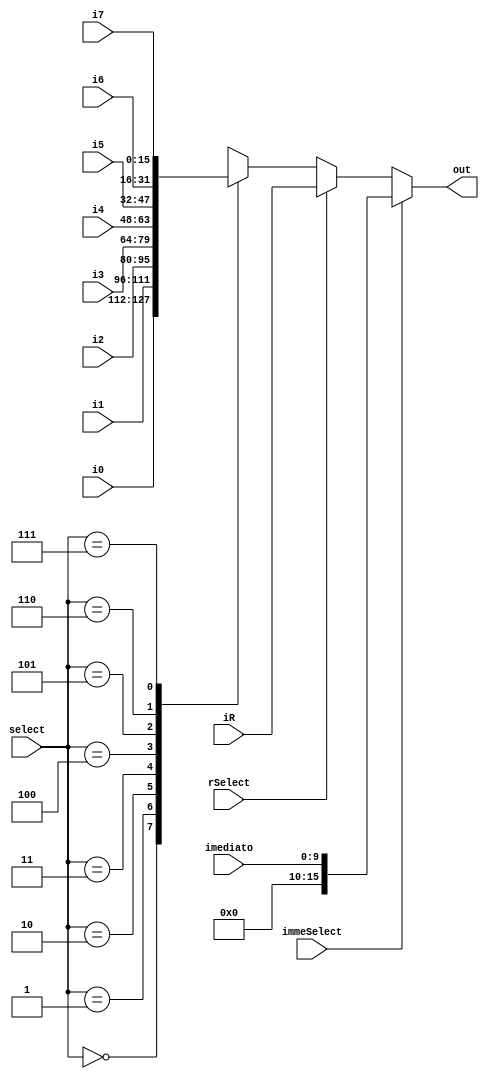


module multiplexador (i0, i1, i2, i3, i4, i5, i6, i7, iR, imediato, rSelect, immeSelect, select, out);
	
	// Variveis que representam os registradores
	input [15:0] i0, i1, i2, i3, i4, i5, i6, i7, iR;
	// Varivel que representa o imediato
	input [9:0] imediato;
	// Varivel que representa o registrador selecionado
	input [2:0] select;
	// Variveis que representam a seleo do Registrador R e do imediato
	input rSelect, immeSelect;
	// Varivel que representa a sada do multiplexador
	output reg [15:0] out;
	
	always @* begin
		// Se immeselect for 1, a sada do multiplexador  o imediato
		if (immeSelect == 1) out = imediato;
		// Se rSelect for 1, a sada do multiplexador  o registrador R
		else if (rSelect == 1) out = iR;
		// Seno, a sada do multiplexador  um dos registradores de acordo com a seleow
		else case (select)
			3'b000: out = i0;
			3'b001: out = i1;
			3'b010: out = i2;
			3'b011: out = i3;
			3'b100: out = i4;
			3'b101: out = i5;
			3'b110: out = i6;
			3'b111: out = i7;
		endcase
	end
endmodule